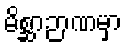
မိစ္ဆာဉာဏမှာ